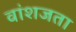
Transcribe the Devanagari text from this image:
वांशजता